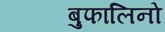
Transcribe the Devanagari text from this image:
बुफालिनो